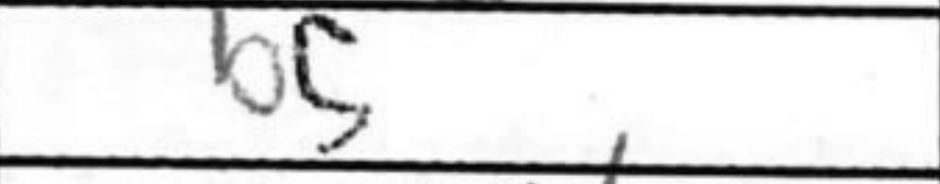
Transcription: b5